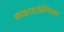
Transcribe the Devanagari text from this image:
क्राइस्टाडेल्फियन